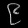
Digit: ၉